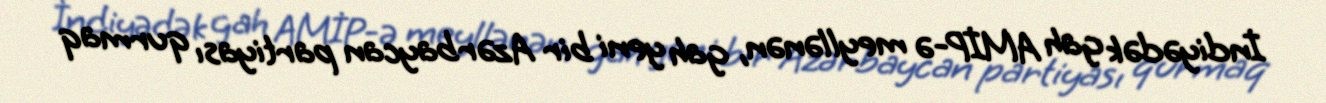
İndiyədək gah AMİP-ə meyllənən, gah yeni bir Azərbaycan partiyası qurmaq